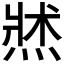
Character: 𱫭